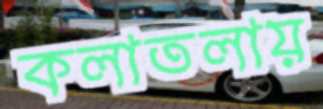
কলাতলায়